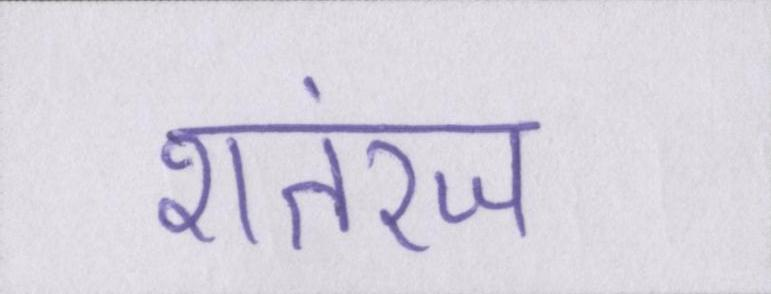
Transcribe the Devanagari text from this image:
शतरंज